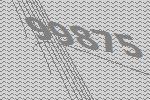
99875